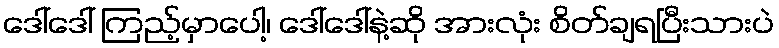
ဒေါ်ဒေါ် ကြည့်မှာပေါ့၊ ဒေါ်ဒေါ်နဲ့ဆို အားလုံး စိတ်ချရပြီးသားပဲ